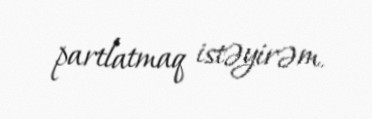
partlatmaq istəyirəm.